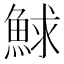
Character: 鯄